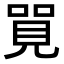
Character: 𠺐